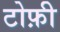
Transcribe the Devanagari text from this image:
टोफ़ी